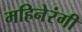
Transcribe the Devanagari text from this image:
महिनेरंगी